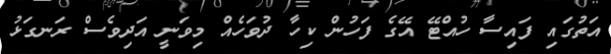
އަތުގައި ފައިސާ ހުއްޓޭ އޭގެ ފަހުން ކިހާ ދުވަހެއް މިވަނީ އަދިވެސް ރަނގަޅު